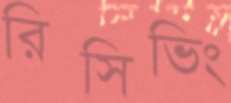
রিসিভিং